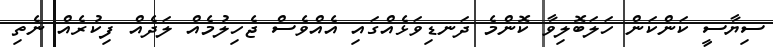
ސިޔާސީ ކަންކަން ހަލަބޮލިވާ ކޮންމެ ދަނޑިވަޅެއްގައި އެއްވެސް ޖެހިލުމެއް ލަދެއް ފިކުރެއް ނެތި